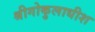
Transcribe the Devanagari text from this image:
श्रीगोकुलाधीश